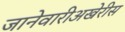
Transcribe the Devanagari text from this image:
जानेवारीअखेरीस